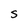
Character: S